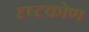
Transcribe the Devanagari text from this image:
दृष्टकोण